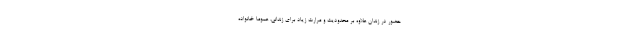
حضور در زندان علاوه بر محدودیت و مرارت زیاد برای زندانی، عموما خانواده